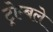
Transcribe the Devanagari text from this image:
ट्रोम्बले